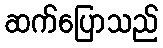
ဆက်ပြောသည်